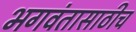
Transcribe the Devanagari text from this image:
भगवंतासाठीच